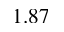
1 . 8 7